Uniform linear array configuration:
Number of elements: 32
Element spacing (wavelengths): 0.75
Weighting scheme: cosine
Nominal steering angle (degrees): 15
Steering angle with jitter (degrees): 15.306
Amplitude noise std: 0.05
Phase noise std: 0.05

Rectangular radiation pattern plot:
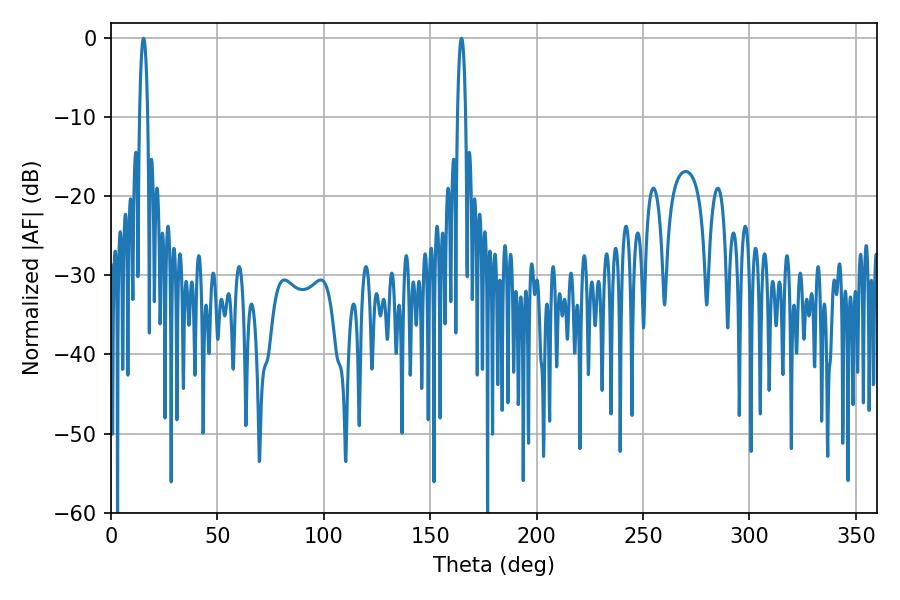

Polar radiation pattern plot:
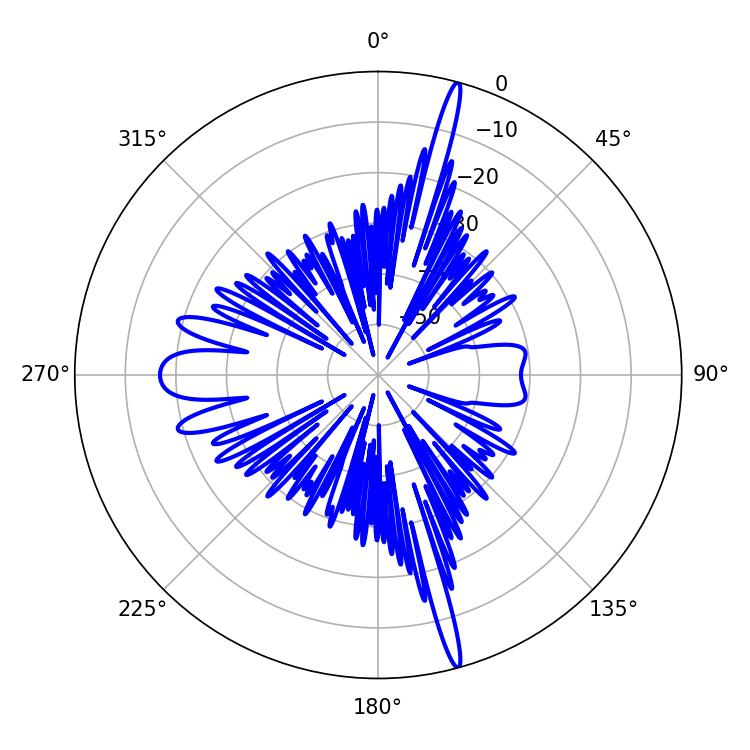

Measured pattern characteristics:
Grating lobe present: TRUE
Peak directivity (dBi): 20.907
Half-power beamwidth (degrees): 2.16
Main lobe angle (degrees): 15.3